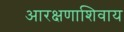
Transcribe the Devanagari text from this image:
आरक्षणाशिवाय